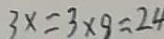
3 x = 3 \times 8 = 2 4